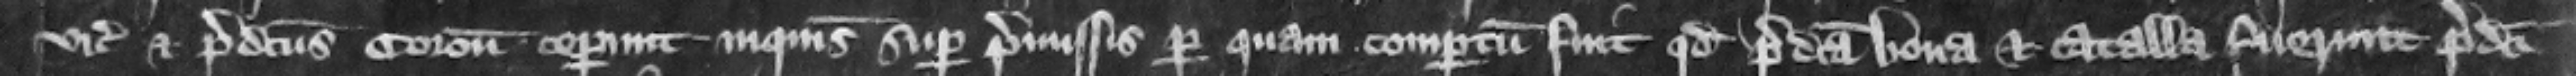
vicecomes et predictus coronator ceperunt inquisicionem super premissis per quam compertum fuit quod predicta bona et catalla fuerunt predicti